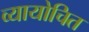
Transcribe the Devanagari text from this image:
व्यायोचित